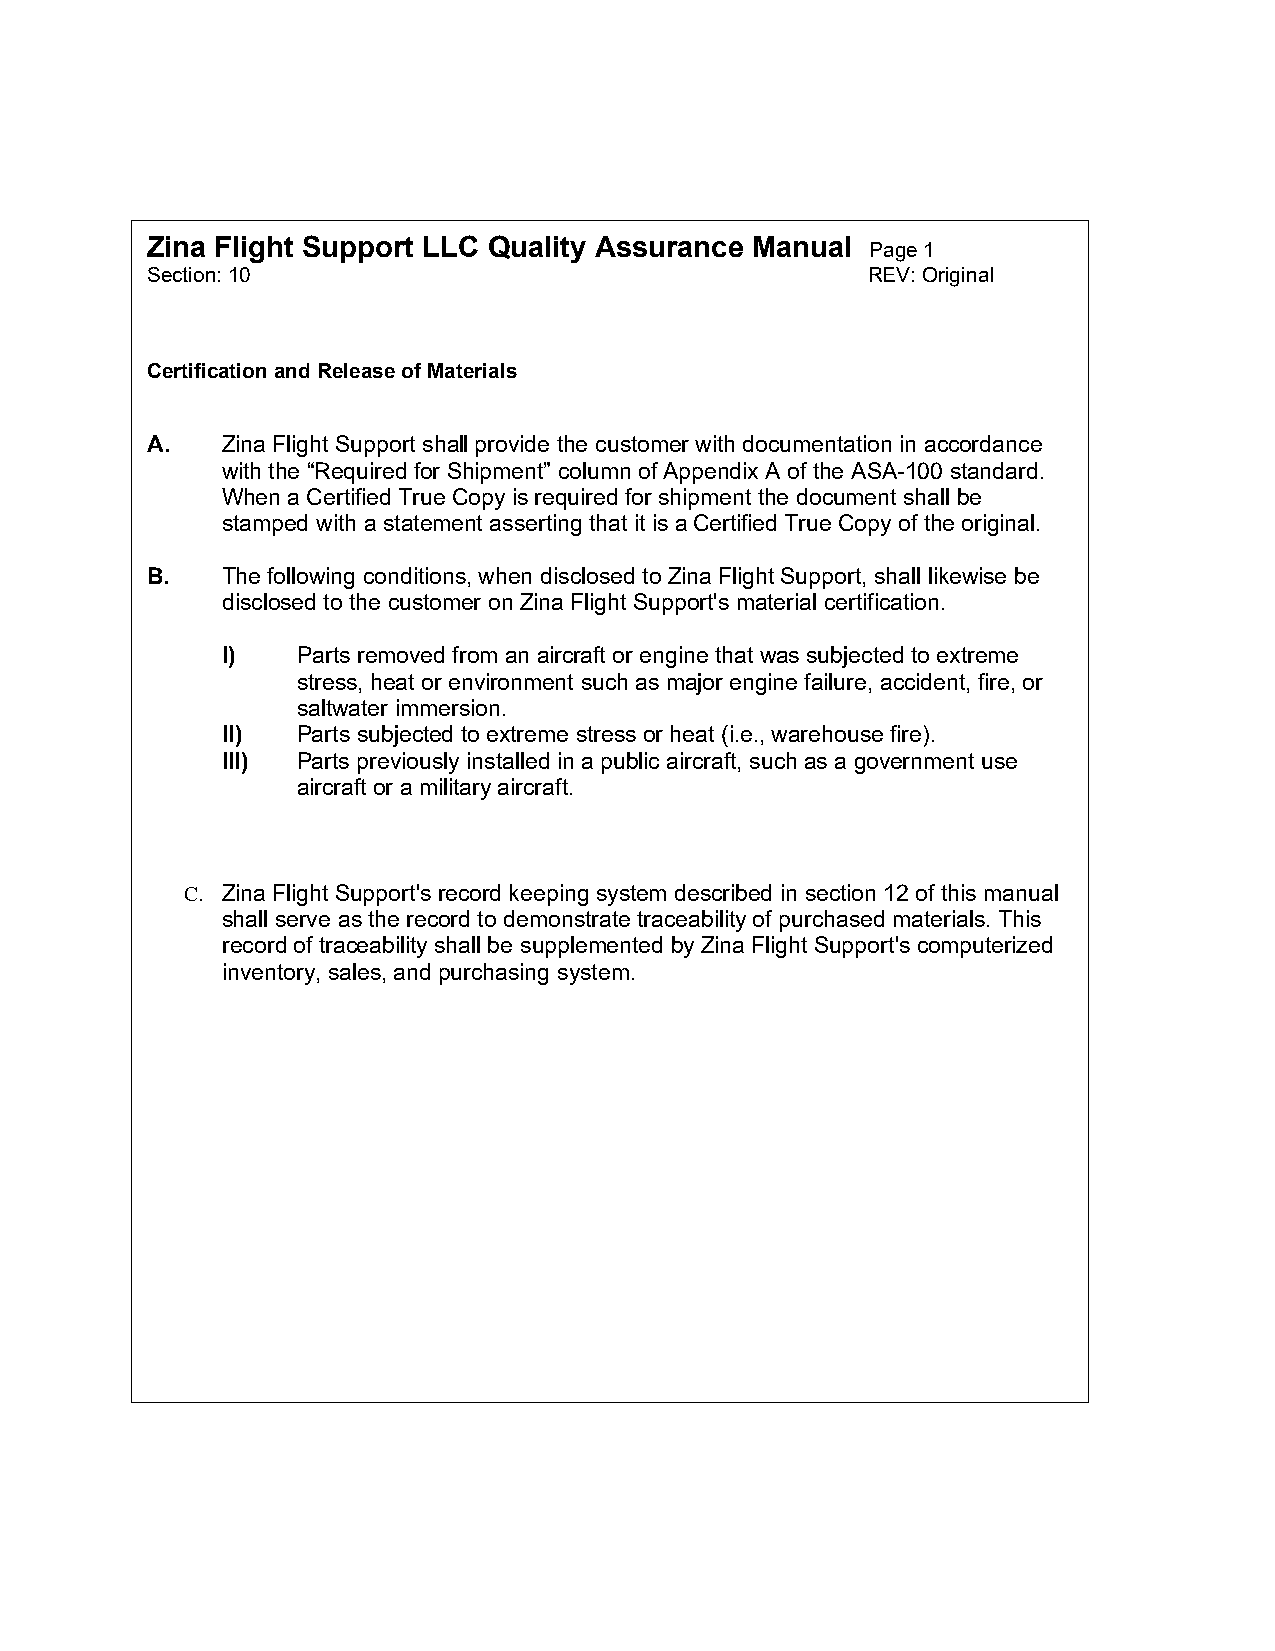
Zina Flight Support LLC Quality Assurance Manual Page 1
 Section: 10                                    REV: Original
 Certification and Release of Materials
 A.   Zina Flight Support shall provide the customer with documentation in accordance
 with the “Required for Shipment” column of Appendix A of the ASA-100 standard.
 When a Certified True Copy is required for shipment the document shall be
 stamped with a statement asserting that it is a Certified True Copy of the original.
 B.   The following conditions, when disclosed to Zina Flight Support, shall likewise be
 disclosed to the customer on Zina Flight Support's material certification.
 I)   Parts removed from an aircraft or engine that was subjected to extreme
 stress, heat or environment such as major engine failure, accident, fire, or
 saltwater immersion.
 II)  Parts subjected to extreme stress or heat (i.e., warehouse fire).
 III) Parts previously installed in a public aircraft, such as a government use
 aircraft or a military aircraft.
 C. Zina Flight Support's record keeping system described in section 12 of this manual
 shall serve as the record to demonstrate traceability of purchased materials. This
 record of traceability shall be supplemented by Zina Flight Support's computerized
 inventory, sales, and purchasing system.